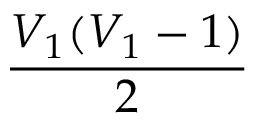
\frac { V _ { 1 } ( V _ { 1 } - 1 ) } { 2 }